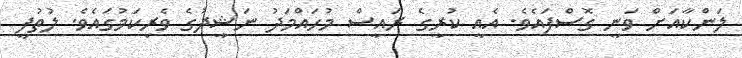
ލަންކާއަށް ވަނީ ގޮސްފައެވެ. އެއީ ކުރީގެ ރައީސް މުހައްމަދު ނަޝީދުގެ ވެރިކަމުގައެވެ. ލުތުފީ